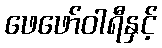
ဖေဖော်ဝါရီနှင့်